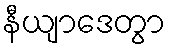
နီယျာဒေတွာ